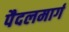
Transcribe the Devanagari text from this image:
पैदलमार्ग